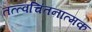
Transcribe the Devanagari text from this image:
तत्त्वचिंतनात्मक